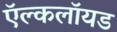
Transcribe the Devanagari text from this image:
ऍल्कलॉयड